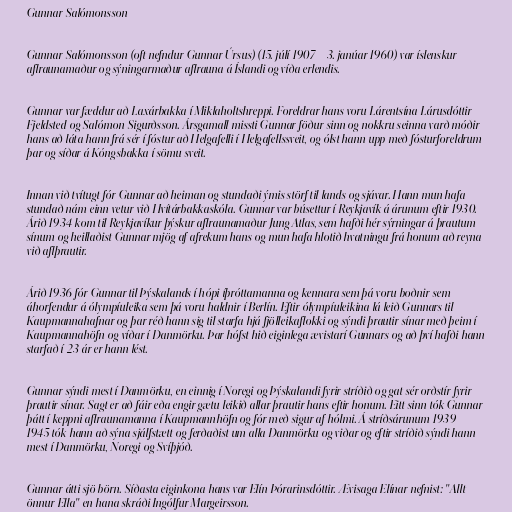
Gunnar Salómonsson

Gunnar Salómonsson (oft nefndur Gunnar Úrsus) (15. júlí 1907 – 3. janúar 1960) var íslenskur
aflraunamaður og sýningarmaður aflrauna á Íslandi og víða erlendis.

Gunnar var fæddur að Laxárbakka í Miklaholtshreppi. Foreldrar hans voru Lárentsína Lárusdóttir
Fjeldsted og Salómon Sigurðsson. Ársgamall missti Gunnar föður sinn og nokkru seinna varð móðir
hans að láta hann frá sér í fóstur að Helgafelli í Helgafellssveit, og ólst hann upp með fósturforeldrum
þar og síðar á Kóngsbakka í sömu sveit.

Innan við tvítugt fór Gunnar að heiman og stundaði ýmis störf til lands og sjávar. Hann mun hafa
stundað nám einn vetur við Hvítárbakkaskóla. Gunnar var búsettur í Reykjavík á árunum eftir 1930.
Árið 1934 kom til Reykjavíkur þýskur aflraunamaður Jung Atlas, sem hafði hér sýrningar á þrautum
sínum og heillaðist Gunnar mjög af afrekum hans og mun hafa hlotið hvatningu frá honum að reyna
við aflþrautir.

Árið 1936 fór Gunnar til Þýskalands í hópi íþróttamanna og kennara sem þá voru boðnir sem
áhorfendur á ólympíuleika sem þá voru haldnir í Berlín. Eftir ólympíuleikina lá leið Gunnars til
Kaupmannahafnar og þar réð hann sig til starfa hjá fjölleikaflokki og sýndi þrautir sínar með þeim í
Kaupmannahöfn og víðar í Danmörku. Þar hófst hið eiginlega ævistarí Gunnars og að því hafði hann
starfað í 23 ár er hann lést.

Gunnar sýndi mest í Danmörku, en einnig í Noregi og Þýskalandi fyrir stríðið og gat sér orðstír fyrir
þrautir sínar. Sagt er að fáir eða engir gætu leikið allar þrautir hans eftir honum. Eitt sinn tók Gunnar
þátt í keppni aflraunamanna í Kaupmannhöfn og fór með sigur af hólmi. Á stríðsárunum 1939 –
1945 tók hann að sýna sjálfstætt og ferðaðist um alla Danmörku og viðar og eftir stríðið sýndi hann
mest í Danmörku, Noregi og Svíþjóð.

Gunnar átti sjö börn. Síðasta eiginkona hans var Elín Þórarinsdóttir. Ævisaga Elínar nefnist: "Allt
önnur Ella" en hana skráði Ingólfur Margeirsson.